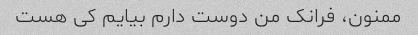
ممنون، فرانک من دوست دارم بیایم کی هست